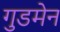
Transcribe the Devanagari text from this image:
गुडमेन